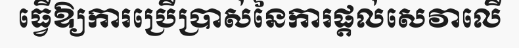
ធ្វើឱ្យការប្រើប្រាស់នៃការផ្តល់សេវាលើ